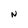
Character: N